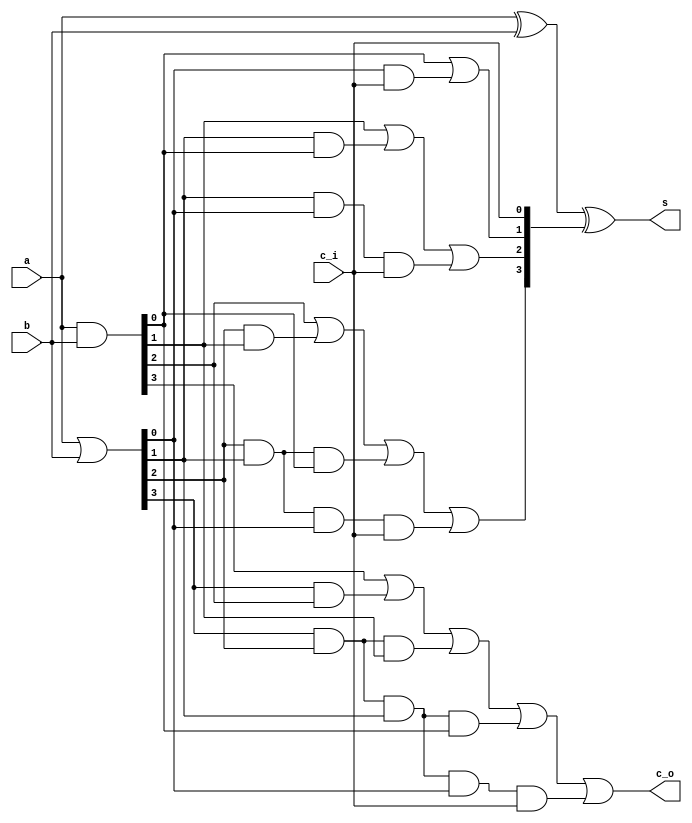

module carry_lookahead_adder4(
   input [3:0] a,
   input [3:0] b,
   input c_i, // carry input (i.e. from lower adder)
   
   output [3:0] s,
   output c_o   // carry output
);

   wire [3:0] p;
   wire [3:0] g;
   wire [3:0] c;
   
   assign g = a & b;
   assign p = a | b;
   
   assign c[0] = c_i;
   assign c[1] = g[0] | ( p[0] & c[0] );
   // c[2] = g[1] | ( p[1] & c[1] ) = g[1] | ( p[1] & ( g[0] | ( p[0] & c[0] ) ) );
   assign c[2] = g[1] | ( p[1] & g[0] ) | ( p[1] & p[0] & c[0] );
   // c[3] = g[2] | ( p[2] & c[2] ) = g[2] | ( g[1] | ( p[1] & ( g[0] | ( p[0] & c[0] ) ) ) );
   assign c[3] = g[2] | ( p[2] & g[1] ) | ( p[2] & p[1] & g[0] ) | ( p[2] & p[1] & p[0] & c[0] );
   // c[4] = g[3] | ( p[3] & c[3] ) = g[3] | ( g[2] | ( g[1] | ( p[1] & ( g[0] | ( p[0] & c[0] ) ) ) ) );
   assign c_o = g[3] | ( p[3] & g[2] ) | ( p[3] & p[2] & g[1] ) | ( p[3] & p[2] & p[1] & g[0] ) | ( p[3] & p[2] & p[1] & p[0] & c[0] );

   assign s = a^b^c;
   
endmodule

module adder32(
   input [31:0] a,
   input [31:0] b,
   
   output [31:0] s,
   output overflow
);

   wire [6:0] c;
   
   carry_lookahead_adder4 u0_cal_adder4(
      .a(a[3:0]),
      .b(b[3:0]),
      .c_i(1'b0),
      .s(s[3:0]),
      .c_o(c[0])
   );
   
   carry_lookahead_adder4 u1_cal_adder4(
      .a(a[7:4]),
      .b(b[7:4]),
      .c_i(c[0]),
      .s(s[7:4]),
      .c_o(c[1])
   );
   
   carry_lookahead_adder4 u2_cal_adder4(
      .a(a[11:8]),
      .b(b[11:8]),
      .c_i(c[1]),
      .s(s[11:8]),
      .c_o(c[2])
   );
   
   carry_lookahead_adder4 u3_cal_adder4(
      .a(a[15:12]),
      .b(b[15:12]),
      .c_i(c[2]),
      .s(s[15:12]),
      .c_o(c[3])
   );

   carry_lookahead_adder4 u4_cal_adder4(
      .a(a[19:16]),
      .b(b[19:16]),
      .c_i(c[3]),
      .s(s[19:16]),
      .c_o(c[4])
   );
   
   carry_lookahead_adder4 u5_cal_adder4(
      .a(a[23:20]),
      .b(b[23:20]),
      .c_i(c[4]),
      .s(s[23:20]),
      .c_o(c[5])
   );
   
   carry_lookahead_adder4 u6_cal_adder4(
      .a(a[27:24]),
      .b(b[27:24]),
      .c_i(c[5]),
      .s(s[27:24]),
      .c_o(c[6])
   );
   
   carry_lookahead_adder4 u7_cal_adder4(
      .a(a[31:28]),
      .b(b[31:28]),
      .c_i(c[6]),
      .s(s[31:28]),
      .c_o(overflow)
   );   

endmodule